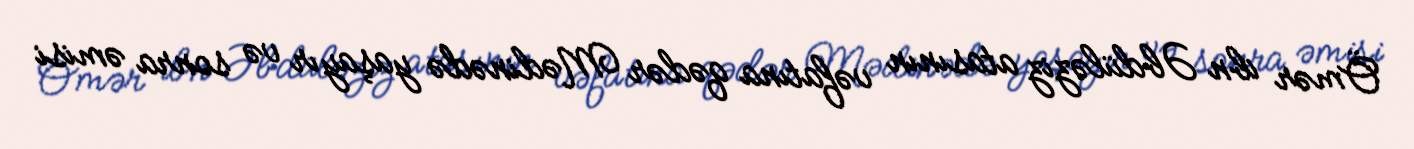
Ömər ibn Əbdüləziz atasının vəfatına qədər Mədinədə yaşayır və sonra əmisi